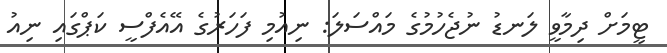
ޓީމަށް ދިމާވީ ލަނޑު ނުޖެހުމުގެ މައްސަލަ: ނިއުމި ފަހަރުގެ އޭއެފްސީ ކަޕްގައި ނިއު